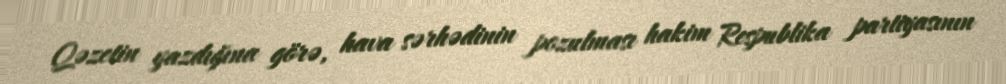
Qəzetin yazdığına görə, hava sərhədinin pozulması hakim Respublika partiyasının